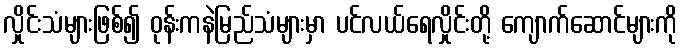
လှိုင်းသံများဖြစ်၍ ဝုန်းကနဲမြည်သံများမှာ ပင်လယ်ရေလှိုင်းတို့ ကျောက်ဆောင်များကို